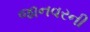
જાનવરની